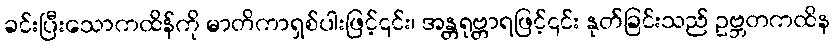
ခင်းပြီးသောကထိန်ကို မာတိကာရှစ်ပါးဖြင့်၎င်း၊ အန္တရုဗ္တာရဖြင့်၎င်း နုတ်ခြင်းသည် ဥဗ္ဘတကထိန